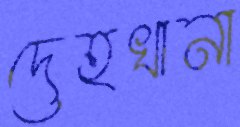
দেহখানা